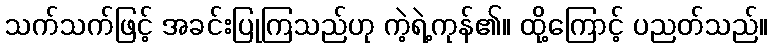
သက်သက်ဖြင့် အခင်းပြုကြသည်ဟု ကဲ့ရဲ့ကုန်၏။ ထို့ကြောင့် ပညတ်သည်။